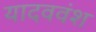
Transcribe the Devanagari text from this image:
यादववंश